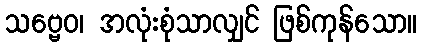
သဗ္ဗေဝ၊ အလုံးစုံသာလျှင် ဖြစ်ကုန်သော။